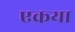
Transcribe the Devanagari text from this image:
एकया